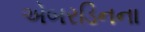
એબરડિનના